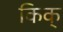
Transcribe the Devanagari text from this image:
किक्